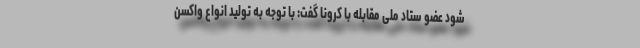
شود عضو ستاد ملی مقابله با کرونا گفت: با توجه به تولید انواع واکسن